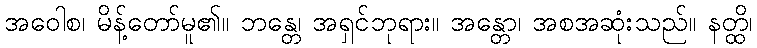
အဝေါစ၊ မိန့်တော်မူ၏။ ဘန္တေ၊ အရှင်ဘုရား။ အန္တော၊ အစအဆုံးသည်။ နတ္ထိ၊